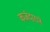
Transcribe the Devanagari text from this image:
कर्जदाराने